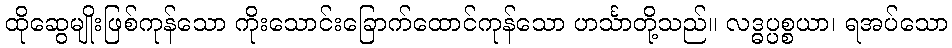
ထိုဆွေမျိုးဖြစ်ကုန်သော ကိုးသောင်းခြောက်ထောင်ကုန်သော ဟင်္သာတို့သည်။ လဒ္ဓပ္ပစ္စယာ၊ ရအပ်သော